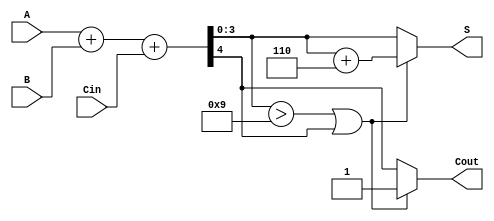
module BCD_Ripple_Carry_Adder (
    input [3:0] A,        // First BCD digit
    input [3:0] B,        // Second BCD digit
    input Cin,            // Carry-in (usually 0 for single BCD addition)
    output reg [3:0] S,   // BCD sum output
    output reg Cout       // Carry-out output
);

    wire [4:0] sum;       // 5-bit sum to accommodate carry
    wire [3:0] correction; // Correction value (6 in BCD)
    wire correction_needed; // Flag to indicate if correction is needed

    // Binary addition of A, B, and Cin
    assign sum = A + B + Cin;

    // Determine if correction is needed
    assign correction_needed = (sum[3:0] > 4'b1001) || sum[4];

    // Correction value (6 in binary)
    assign correction = 4'b0110;

    always @(*) begin
        if (correction_needed) begin
            // Apply correction
            S = sum[3:0] + correction;
            Cout = 1; // Set carry-out since correction was applied
        end else begin
            // No correction needed
            S = sum[3:0];
            Cout = sum[4]; // Carry-out from the initial addition
        end
    end

endmodule